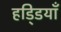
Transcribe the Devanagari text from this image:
हडि्डयाँ